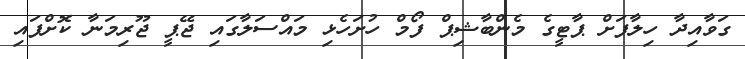
ގަވާއިދާ ހިލާފަށް ޕާޓީގެ މެންބާޝިޕް ފޯމް ހުށަހެޅި މައްސަލާގައި ޖޭޕީ ޖޫރިމަނާ ކޮށްފައި